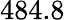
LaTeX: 484.8